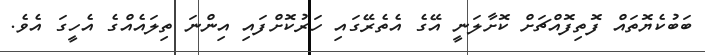
ބަބުކެޔޮތައް ފޮތިފޮއްޗަށް ކޮށާލަނީ އޭގެ އެތެރޭގައި ހަރުކޮށްފައި އިންނަ ތިލައެއްގެ އެހީގަ އެވެ.